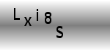
Text: Lxi8S